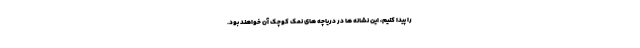
را پیدا کنیم، این نشانه ها در دریاچه های نمک کوچک آن خواهند بود.